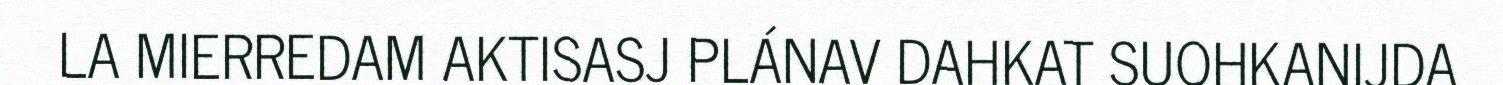
LA MIERREDAM AKTISASJ PLÁNAV DAHKAT SUOHKANIJDA